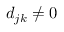
d _ { j k } \neq 0